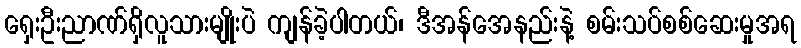
ရှေးဦးညာဏ်ရှိလူသားမျိုးပဲ ကျန်ခဲ့ပါတယ်၊ ဒီအန်အေနည်းနဲ့ စမ်းသပ်စစ်ဆေးမှုအရ